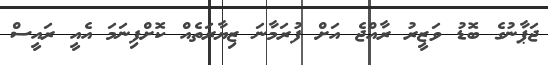
ޖަޕާނުގެ ބޮޑު ވަޒީރު ރާއްޖެ އަށް ފުރަމާނަ ޒިޔާރަތެއް ކޮށްފިނަމަ އެއީ ރައީސް